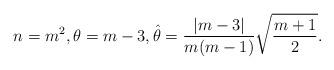
LaTeX: \begin{align*}n=m^2,\theta=m-3, \hat\theta=\frac{|m-3|}{m(m-1)}\sqrt{\frac{m+1}{2}} .\end{align*}